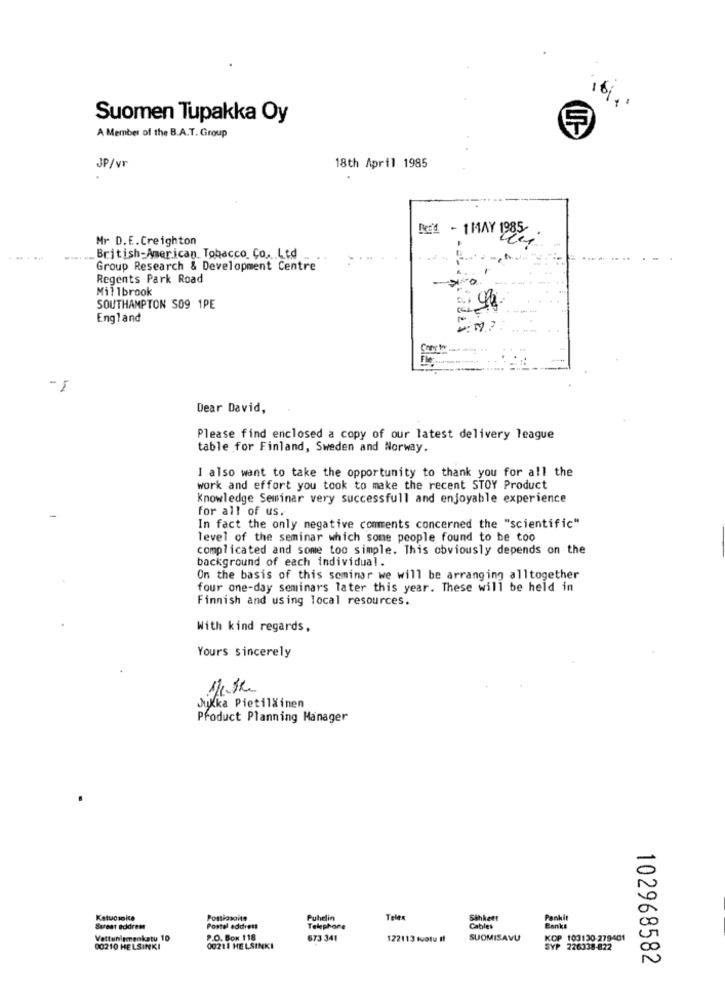
16%
Suomen Tupakka Oy
A Member of the B.A.T. Group
JP/VF
18th April 1985
Mr D.E.Creighton
Red - 1MAY 18.
... . ...
British-American Tobacco Co. Ltd
Group Research & Development Centre
Regents Park Road
Millbrook
SOUTHAMPTON SO9 1PE
: 44
England
- 1
Dear David,
Please find enclosed a copy of our latest delivery league
table for Finland, Sweden and Norway.
I also want to take the opportunity to thank you for all the
work and effort you took to make the recent STOY Product
knowledge Seminar very successfull and enjoyable experience
-
for all of us.
In fact the only negative comments concerned the "scientific"
level of the seminar which some people found to be too
complicated and some too simple. This obviously depends on the
background of each individual.
On the basis of this seminar we will be arranging alltogether
four one-day seminars later this year. These will be held in
Finnish and using local resources.
With kind regards,
Yours sincerely
Jukka Pietiläinen
Product Planning Manager
Ketucsolte
Postiosoite
Puhelin
Sähkett
Pankit
Sureat address
Postal address
Telephone
Cables
Vattunismenkatu 10
P.O. BON 118
673 341
122113 suotu If
SUOMISAVU
KOP 103130-279401
00210 HELSINKI
00211 HELSINKI
SYP 226338-822
SYP
102968582